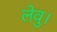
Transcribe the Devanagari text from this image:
लेवु।